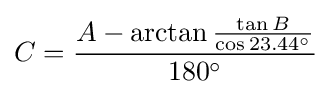
C={\frac {A-\arctan {\frac {\tan B}{\cos 23.44^{\circ }}}}{180^{\circ }}}